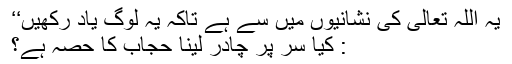
یہ اللہ تعالیٰ کی نشانیوں میں سے ہے تاکہ یہ لوگ یاد رکھیں‘‘
: کیا سر پر چادر لینا حجاب کا حصہ ہے؟